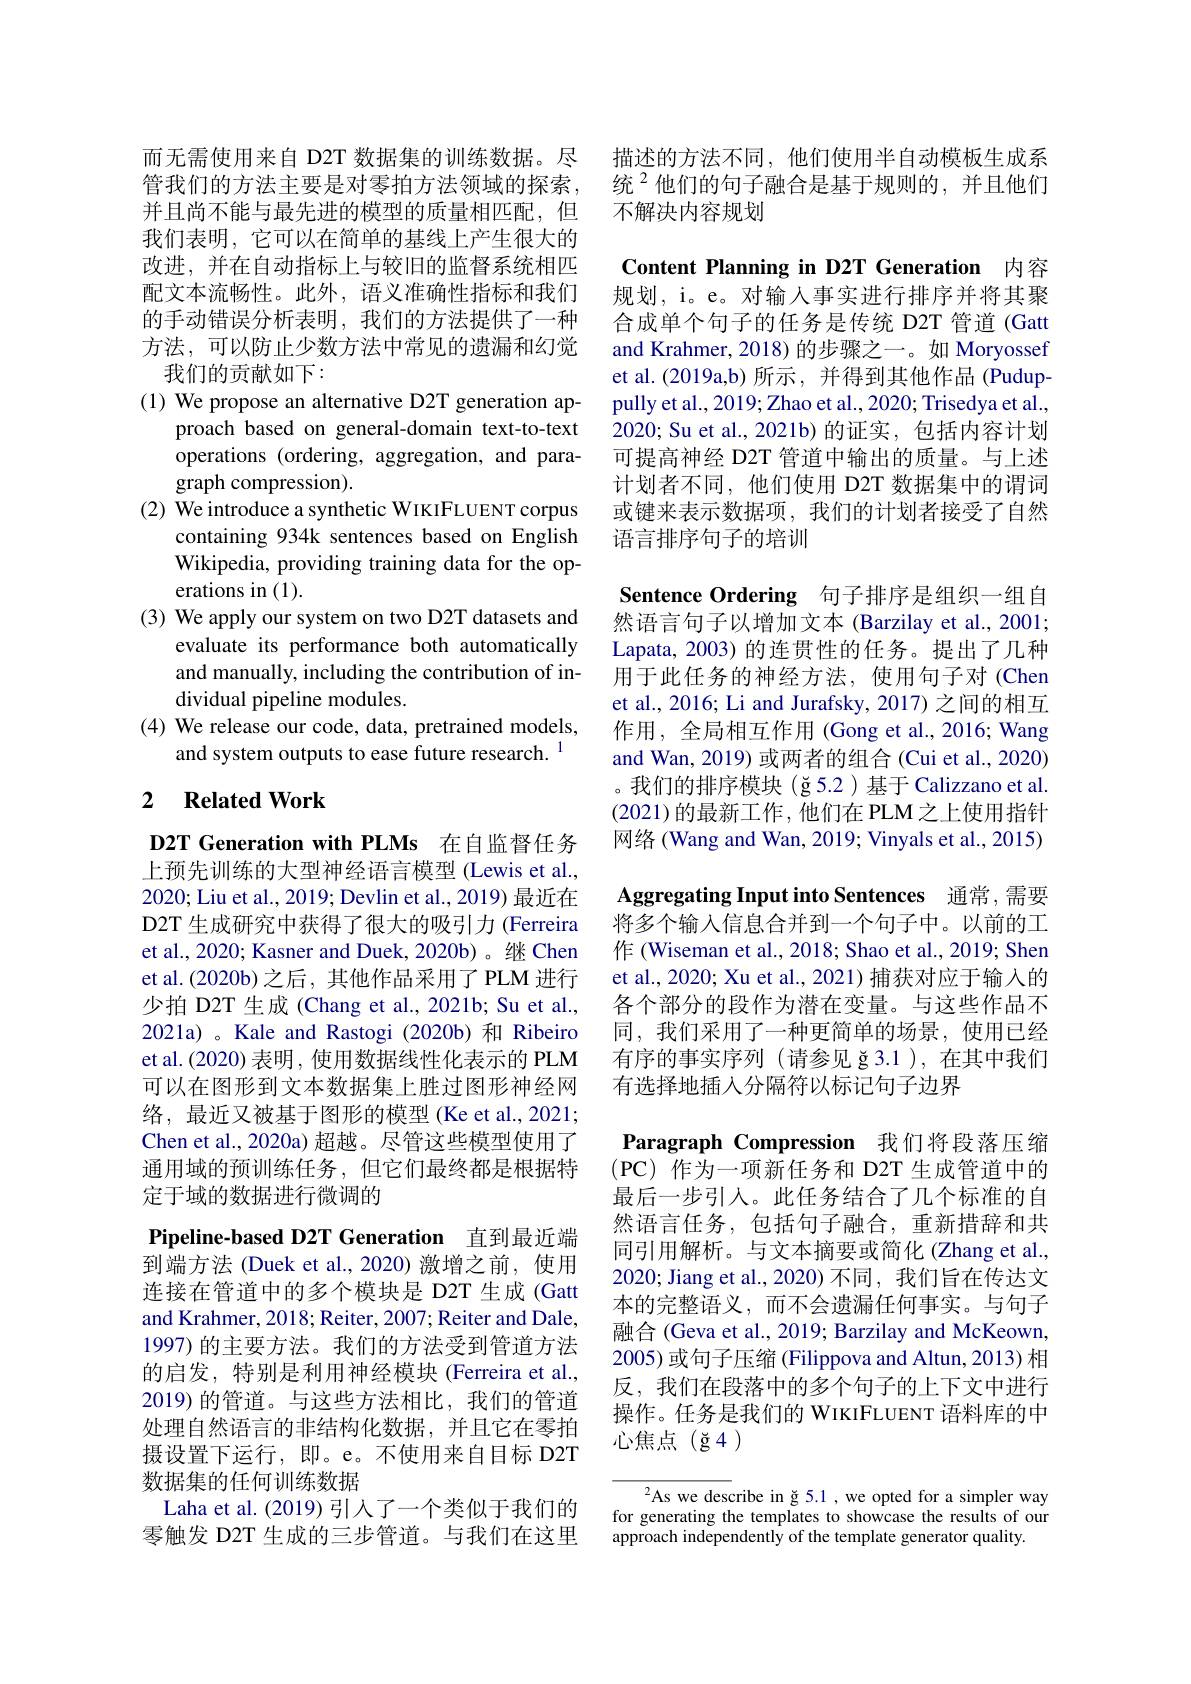
而无需使用来自 D2T 数据集的训练数据。尽管我们的方法主要是对零拍方法领域的探索， 并且尚不能与最先进的模型的质量相匹配，但我们表明，它可以在简单的基线上产生很大的改进，并在自动指标上与较旧的监督系统相匹配文本流畅性。此外，语义准确性指标和我们的手动错误分析表明，我们的方法提供了一种方法，可以防止少数方法中常见的遗漏和幻觉我们的贡献如下：
(1) We propose an alternative D2T generation ap-
proach based on general-domain text-to-text operations (ordering, aggregation, and paragraph compression).
(2) We introduce a synthetic WIKIFLUENT corpus
containing 934k sentences based on English Wikipedia, providing training data for the operations in (1).
(3) We apply our system on two D2T datasets and
evaluate its performance both automatically and manually, including the contribution of individual pipeline modules.
(4) We release our code, data, pretrained models,
and system outputs to ease future research. 1

## 2 $\textbf{Related Work}$

D2T Generation with PLMs 在自监督任务上预先训练的大型神经语言模型 (Lewis et al., 2020; Liu et al., 2019; Devlin et al., 2019) 最近在D2T 生成研究中获得了很大的吸引力 (Ferreira et al., 2020; Kasner and Duek, 2020b)。继 Chen et al.(2020b)之后，其他作品采用了PLM 进行少拍 D2T 生成 (Chang et al., 2021b; Su et al., 2021a) 。Kale and Rastogi (2020b) 和 Ribeiro et al.(2020) 表明，使用数据线性化表示的 PLM 可以在图形到文本数据集上胜过图形神经网络，最近又被基于图形的模型(Ke et al., 2021; Chen et al., 2020a) 超越。尽管这些模型使用了通用域的预训练任务，但它们最终都是根据特定于域的数据进行微调的

Pipeline-based D2T Generation 直到最近端到端方法 (Duek et al., 2020) 激增之前，使用连接在管道中的多个模块是 D2T 生成 (Gatt and Krahmer, 2018; Reiter, 2007; Reiter and Dale, 1997) 的主要方法。我们的方法受到管道方法的启发，特别是利用神经模块(Ferreira et al., 2019)的管道。与这些方法相比，我们的管道处理自然语言的非结构化数据，并且它在零拍摄设置下运行，即。e。不使用来自目标 D2T 数据集的任何训练数据
Laha et al. (2019) 引人了一个类似于我们的零触发 D2T 生成的三步管道。与我们在这里

描述的方法不同，他们使用半自动模板生成系统$^{2}$他们的句子融合是基于规则的，并且他们不解决内容规划

Content Planning in D2T Generation 内容规划，i。e。对输入事实进行排序并将其聚

合成单个句子的任务是传统 D2T 管道 (Gatt and Krahmer,2018) 的步骤之一。如 Moryossef et al.(2019a,b) 所示，并得到其他作品 (Puduppully et al., 2019; Zhao et al., 2020; Trisedya et al., 2020; Su et al., 2021b)的证实，包括内容计划可提高神经 D2T 管道中输出的质量。与上述计划者不同，他们使用 D2T 数据集中的谓词或键来表示数据项，我们的计划者接受了自然语言排序句子的培训

Sentence Ordering 句子排序是组织一组自然语言句子以增加文本 (Barzilay et al., 2001; Lapata, 2003) 的连贯性的任务。提出了几种用于此任务的神经方法，使用句子对(Chen et al., 2016; Li and Jurafsky, 2017) 之间的相互作用，全局相互作用(Gong et al.,2016; Wang and Wan, 2019) 或两者的组合 (Cui et al., 2020) 。我们的排序模块(ğ5.2)基于Calizzano et al. (2021)的最新工作，他们在 PLM之上使用指针网络 (Wang and Wan, 2019; Vinyals et al., 2015) Aggregating Input into Sentences 通常，需要将多个输入信息合并到一个句子中。以前的工作 (Wiseman et al., 2018; Shao et al., 2019; Shen et al., 2020; Xu et al., 2021) 捕获对应于输入的各个部分的段作为潜在变量。与这些作品不同，我们采用了一种更简单的场景，使用已经有序的事实序列(请参见 ğ 3.1),在其中我们有选择地插人分隔符以标记句子边界
Paragraph Compression 我们将段落压缩(PC)作为一项新任务和 D2T 生成管道中的最后一步引入。此任务结合了几个标准的自然语言任务，包括句子融合，重新措辞和共同引用解析。与文本摘要或简化 (Zhang et al., 2020; Jiang et al., 2020) 不同，我们旨在传达文本的完整语义，而不会遗漏任何事实。与句子融合 (Geva et al., 2019; Barzilay and McKeown, 2005) 或句子压缩 (Filippova and Altun, 2013) 相反，我们在段落中的多个句子的上下文中进行操作。任务是我们的 WIKIFLUENT 语料库的中心焦点(ğ4)

$^2$As we describe in ğ 5.1 , we opted for a simpler way for generating the templates to showcase the results of our approach independently of the template generator quality.